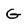
Character: G